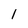
Character: 1